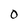
Character: 0